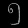
Digit: ၅